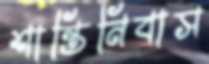
শান্তিনিবাস